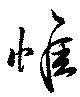
惟